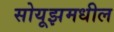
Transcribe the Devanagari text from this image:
सोयूझमधील